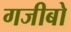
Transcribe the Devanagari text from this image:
गजीबो